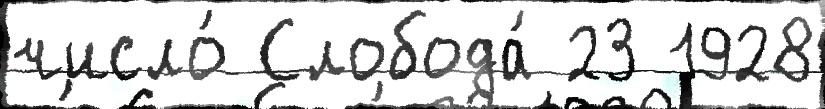
число́ Слобода́ 23 1928